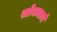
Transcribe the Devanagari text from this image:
खोजकार्य